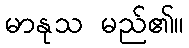
မာနုသ မည်၏။